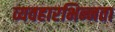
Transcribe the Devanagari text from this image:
व्यवहारभिन्नता